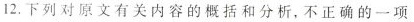
12.下列对原文有关内容的概括和分析，不正确的一项